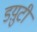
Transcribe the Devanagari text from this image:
डय़ुटी